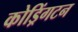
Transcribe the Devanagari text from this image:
कोड्रिंगटन